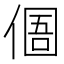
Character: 𠋼